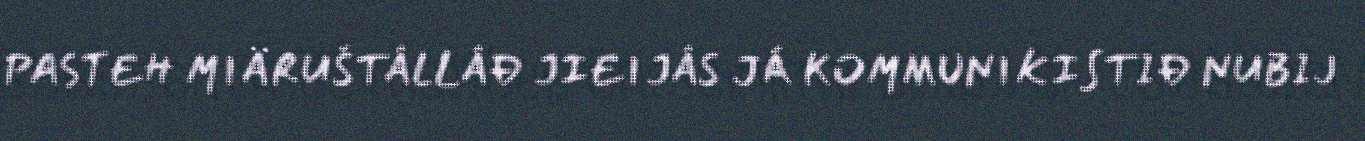
PASTEH MIÄRUŠTÂLLÂĐ JIEIJÂS JÁ KOMMUNIKISTIĐ NUBIJ